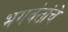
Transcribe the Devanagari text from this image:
भगवंतांचे